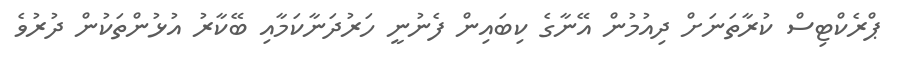
ޕްރެކްޓިސް ކުރާތަނަށް ދިއުމުން އޭނާގެ ކިބައިން ފެނުނީ ހަރުދަނާކަމާއި ބޭކާރު އުޅުންތަކުން ދުރުވެ